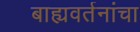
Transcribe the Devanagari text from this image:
बाह्यवर्तनांचा